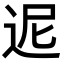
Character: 迡